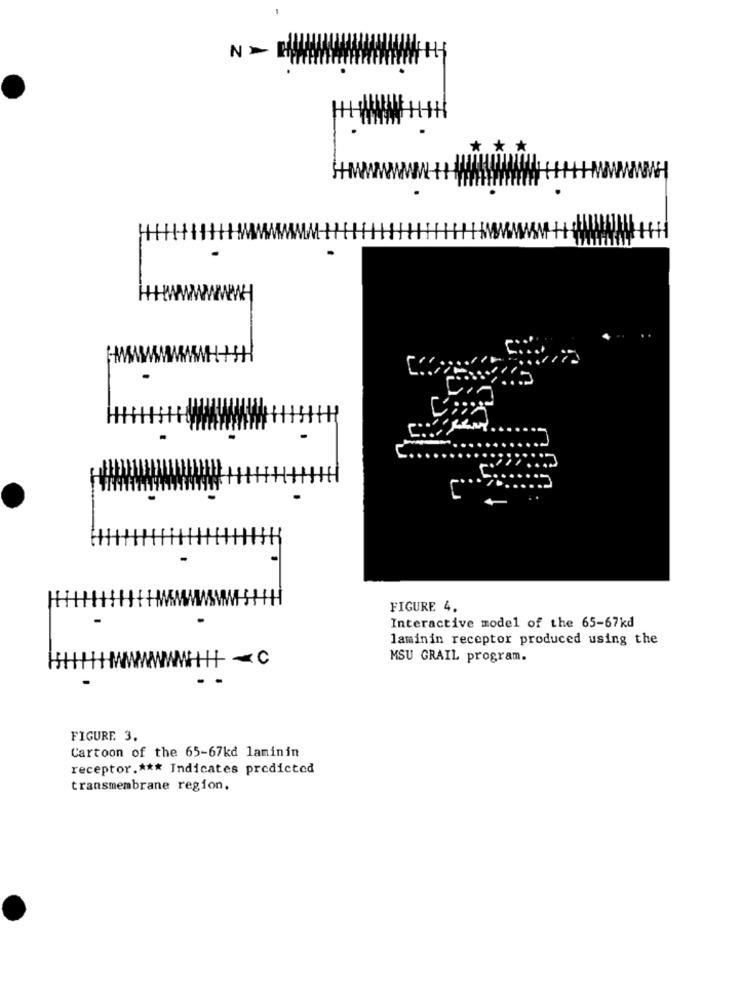
N>
* * *
.
-
-
FIGURE 4.
Interactive model of the 65-67kd
laminin receptor produced using the
H - C
MSU GRAIL program.
.
FIGURE 3.
Cartoon of the 65-67kd laminin
receptor .*** Indicates predicted
transmembrane region.